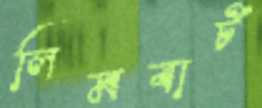
লিমবার্ট